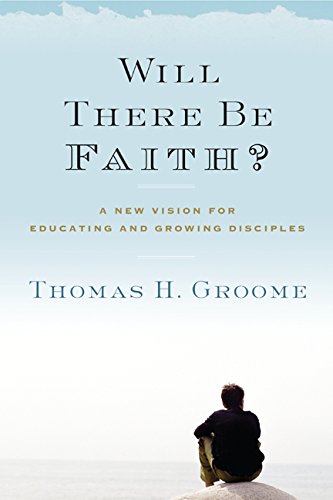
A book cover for Will There Be Faith?: A New Vision for Educating and Growing Disciples; Thomas H. Groome; Religion & Spirituality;